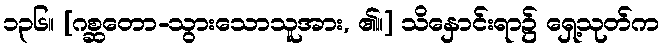
၁၃၆။ [ဂစ္ဆတော-သွားသောသူအား, ၏။] သိနှောင်းရာ၌ ရှေ့သုတ်က